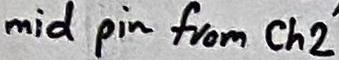
Text: mid pin from Ch2